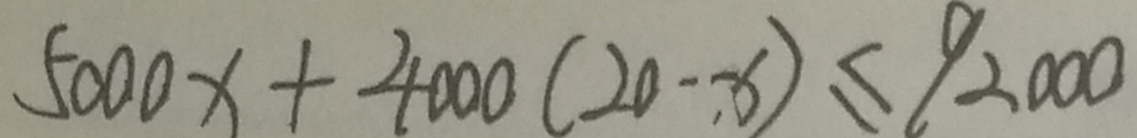
5 0 0 0 x + 4 0 0 0 ( 2 0 - x ) \leq 9 2 0 0 0